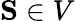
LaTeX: \mathbf{S}\in V